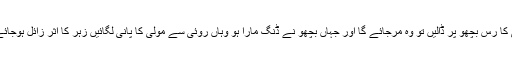
مولی کا رس بچھو پر ڈالیں تو وہ مرجائے گا اور جہاں بچھو نے ڈنگ مارا ہو وہاں روئی سے مولی کا پانی لگائیں زہر کا اثر زائل ہوجائے گا۔